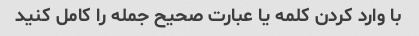
با وارد کردن کلمه یا عبارت صحیح جمله را کامل کنید